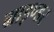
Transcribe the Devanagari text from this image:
ग्राइण्डर